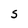
Character: S